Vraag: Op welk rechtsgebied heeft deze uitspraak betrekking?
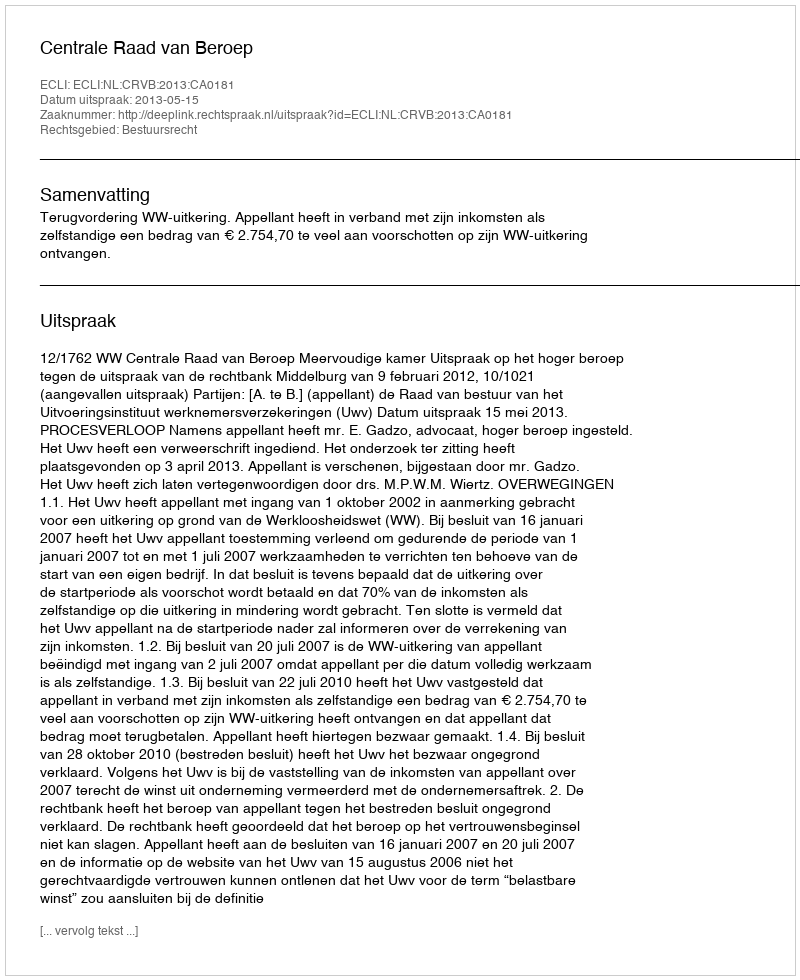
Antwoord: Bestuursrecht